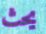
يحث